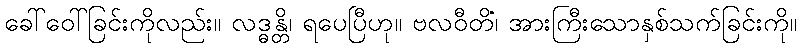
ခေါ်ဝေါ်ခြင်းကိုလည်း။ လဒ္ဓန္တိ၊ ရပေပြီဟု။ ဗလဝီတိံ၊ အားကြီးသောနှစ်သက်ခြင်းကို။